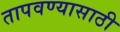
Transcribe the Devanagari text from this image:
तापवण्यासाठी